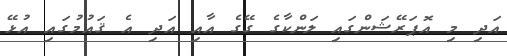
އަދި މި އޮޕަރޭޝަންގައި ލަންކާގެ ގޭގެ އާއި އަދި އެ ޤައުމުގައި އުޅޭ